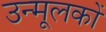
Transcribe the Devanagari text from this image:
उन्मूलकों